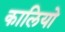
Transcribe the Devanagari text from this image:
कालियो